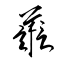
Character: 譱